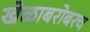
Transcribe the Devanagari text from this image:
खेळाबरोबरच